Lunatic asylums Central Provinces reports 1895-1909 - 1895-1909
Year: 1895
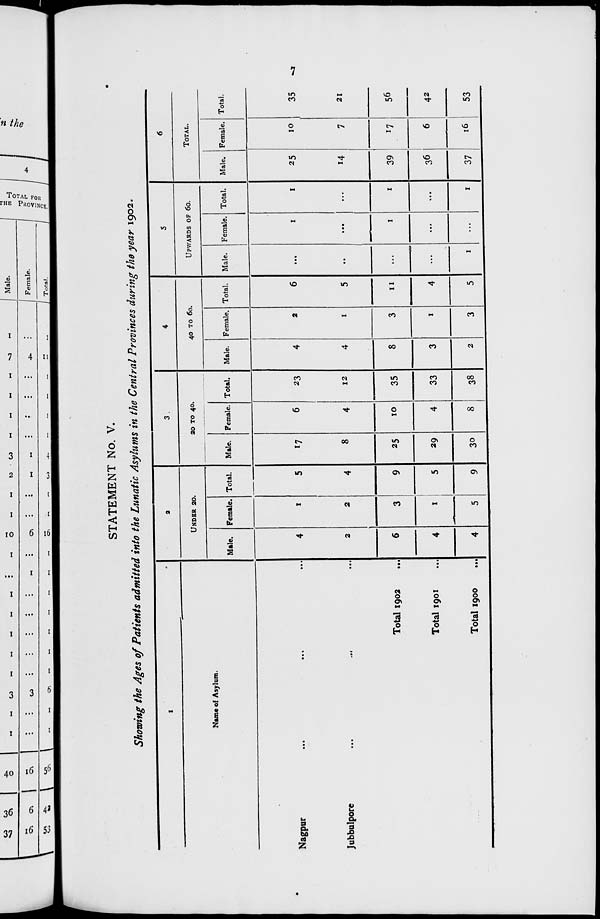
7
STATEMENT No. V.
Showing the Ages of Patients admitted into the Lunatic Asylums in the Central Provinces during the year 1902.
1
Name of Asylum.
Nagpur ... ...
Jubbulpore ... ...
Total 1902 ...
Total 1901 ...
Total 1900 ...
2
UNDER 20.
Male.
4
2
6
4
4
Female.
1
2
3
1
5
Total.
5
4
9
5
9
3
20 TO 40.
Male.
17
8
25
29
30
Female.
6
4
10
4
8
Total.
23
12
35
33
38
4
40 TO 60.
Male.
4
4
8
3
2
Female.
2
1
3
1
3
Total.
6
5
11
4
5
5
UPWORDS OF 60.
Male.
...
...
...
...
1
Female.
1
...
1
...
...
Total.
1
...
1
...
1
6
TOTAL.
Male.
25
14
39
36
37
Female.
10
7
17
6
16
Total.
35
21
56
42
53